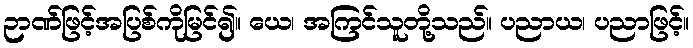
ဉာဏ်ဖြင့်အပြစ်ကိုမြင်၍။ ယေ၊ အကြင်သူတို့သည်။ ပညာယ၊ ပညာဖြင့်။